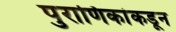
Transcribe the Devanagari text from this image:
पुराणिकांकडून